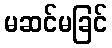
မဆင်မခြင်